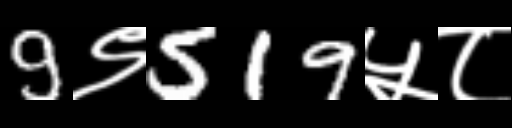
Text: 9९519५८